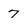
Character: 7